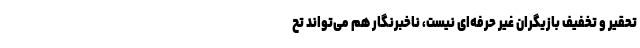
تحقیر و تخفیف بازیگران غیر حرفه‌ای نیست، ناخبرنگار هم می‌تواند تح